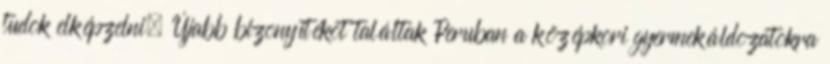
tudok elképzelni. Újabb bizonyítékot találtak Peruban a középkori gyermekáldozatokra